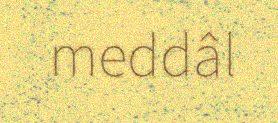
meddâl